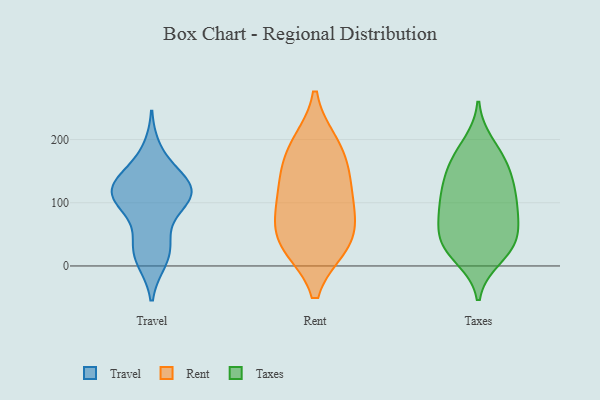
{"axis": {"x": "Shipments", "y": "Value"}, "legend": ["Rent", "Taxes", "Travel"], "data": [{"x": "", "y": 103, "type": "Travel"}, {"x": "", "y": 125, "type": "Travel"}, {"x": "", "y": 181, "type": "Travel"}, {"x": "", "y": 37, "type": "Travel"}, {"x": "", "y": 119, "type": "Travel"}, {"x": "", "y": 108, "type": "Travel"}, {"x": "", "y": 103, "type": "Travel"}, {"x": "", "y": 119, "type": "Travel"}, {"x": "", "y": 140, "type": "Travel"}, {"x": "", "y": 37, "type": "Travel"}, {"x": "", "y": 140, "type": "Travel"}, {"x": "", "y": 10, "type": "Travel"}, {"x": "", "y": 108, "type": "Travel"}, {"x": "", "y": 13, "type": "Travel"}, {"x": "", "y": 188, "type": "Rent"}, {"x": "", "y": 71, "type": "Rent"}, {"x": "", "y": 34, "type": "Rent"}, {"x": "", "y": 89, "type": "Rent"}, {"x": "", "y": 138, "type": "Rent"}, {"x": "", "y": 193, "type": "Rent"}, {"x": "", "y": 105, "type": "Rent"}, {"x": "", "y": 149, "type": "Rent"}, {"x": "", "y": 32, "type": "Rent"}, {"x": "", "y": 33, "type": "Rent"}, {"x": "", "y": 104, "type": "Taxes"}, {"x": "", "y": 51, "type": "Taxes"}, {"x": "", "y": 175, "type": "Taxes"}, {"x": "", "y": 126, "type": "Taxes"}, {"x": "", "y": 87, "type": "Taxes"}, {"x": "", "y": 83, "type": "Taxes"}, {"x": "", "y": 66, "type": "Taxes"}, {"x": "", "y": 35, "type": "Taxes"}, {"x": "", "y": 23, "type": "Taxes"}, {"x": "", "y": 131, "type": "Taxes"}, {"x": "", "y": 13, "type": "Taxes"}, {"x": "", "y": 39, "type": "Taxes"}, {"x": "", "y": 163, "type": "Taxes"}, {"x": "", "y": 193, "type": "Taxes"}, {"x": "", "y": 158, "type": "Taxes"}, {"x": "", "y": 127, "type": "Taxes"}, {"x": "", "y": 30, "type": "Taxes"}, {"x": "", "y": 90, "type": "Taxes"}]}